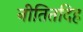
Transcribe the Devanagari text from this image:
नीतितदिह